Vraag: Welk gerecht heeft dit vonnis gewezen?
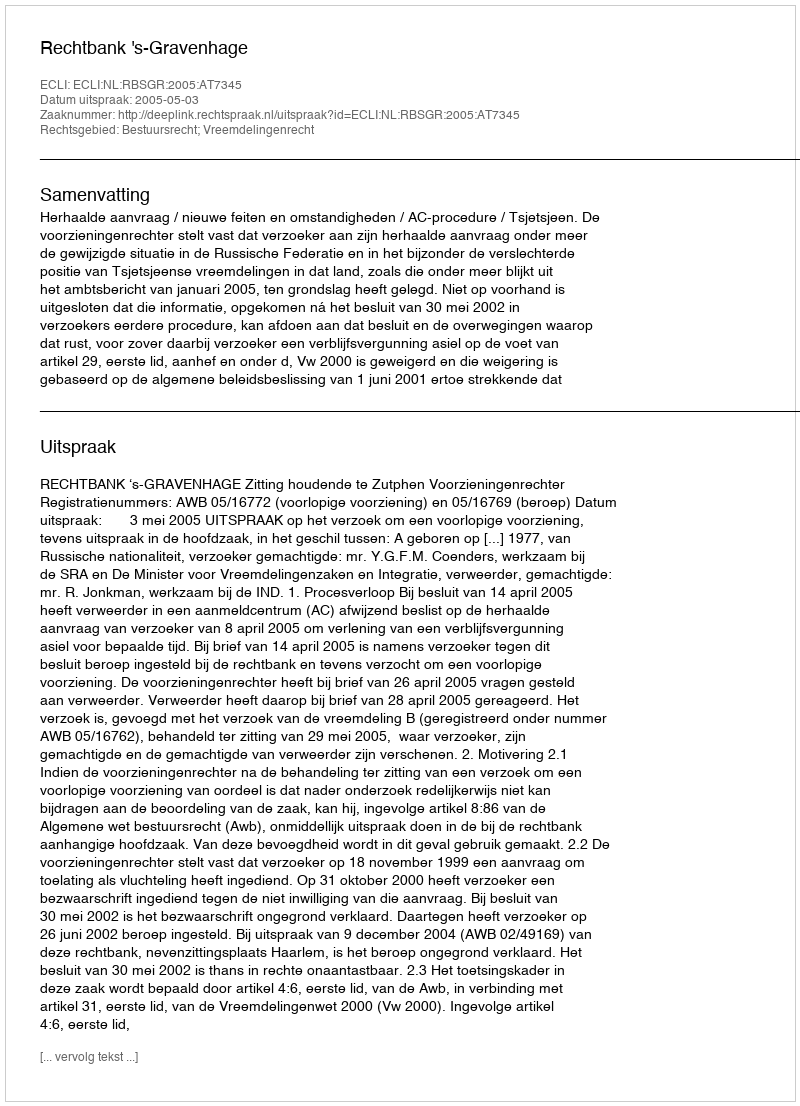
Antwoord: Rechtbank 's-Gravenhage